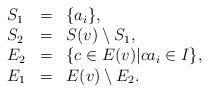
LaTeX: \begin{align*}\begin{array}{lll} S_1 & = & \{ a_i\}, \\ S_2 &=& S(v) \setminus S_1, \\E_2 &=& \{ c \in E(v) \vert ca_i \in I \}, \\E_1 &=& E(v) \setminus E_2. \end{array}\end{align*}